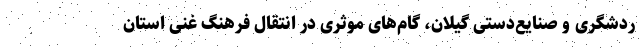
ردشگری و صنایع‌دستی گیلان، گام‌های موثری در انتقال فرهنگ غنی استان